system: You are a helpful assistant.
user:
Analyze the provided spectrum to determine if it is a **S-type Star**.

- **Key Indicators for S-type Star:**

    - **(Overall Spectrum Shape):** The first and most obvious characteristic is the overall continuum (the "baseline" shape). It is **extremely "red-sloping,"** meaning the flux (light intensity) is very low on the left side (blue, ~4000-4500 Å) and rises steeply and continuously toward the right side (red, ~7000 Å+).

    - **(Primary):** The spectrum is defined by the presence of strong, broad molecular absorption "valleys" (bands) from **Zirconium Oxide (ZrO)**. The identification of these bands is the **primary requirement** for classifying a star as S-type.
        - **(Key Bandheads):** You must find distinct, deep "dips" where the light has been absorbed. The most critical band systems to locate are:
            - **~6474 Å** ($\gamma$-system): This is often the strongest and clearest ZrO feature, found in the red part of the spectrum.
            - **~5718 Å** & **~5551 Å** ($\beta$-system): A pair of prominent absorption features in the yellow-orange part of the spectrum.
            - **~4640 Å** ($\alpha$-system): A key absorption band system in the blue-green region of the spectrum.

    - **(Secondary Confirmation):** The classification is strengthened by finding additional absorption bands from other related heavy element oxides, which are expected to be present alongside ZrO.
        - **(Key Bandheads):**
            - **Yttrium Oxide (YO):** Look for absorption dips near **~4800 Å** and **~6100 Å**.
            - **Lanthanum Oxide (LaO):** Additional absorption features, particularly in the red-orange part of the spectrum, are also characteristic.

    - **(Line Profile):** The combination of the steep red continuum and these numerous, deep molecular bands (ZrO, YO, etc.) gives the entire spectrum a very **"chopped-up"** or **"bumpy"** appearance. Instead of a smooth curve, the spectrum looks as though large, wide chunks of light have been "carved out" of it at the specific wavelengths listed above.

Think first, call **spectral_visualization_tool** if needed to examine features in detail, then provide your final answer. Your response must adhere to the following strict rules:
1.  **Overall Structure:** Your response must follow the format `<think>...</think> <tool_call>...</tool_call> (if a tool is used) <answer>...</answer>`.
2.  **Tool Usage Constraint:** You may only make **one** tool call per turn.
3.  **Final Answer Format:** In the `<answer>` tag, your conclusion must be inside a `\boxed{}` command (e.g., `\boxed{YES}` or `\boxed{NO}`), followed by your justification.

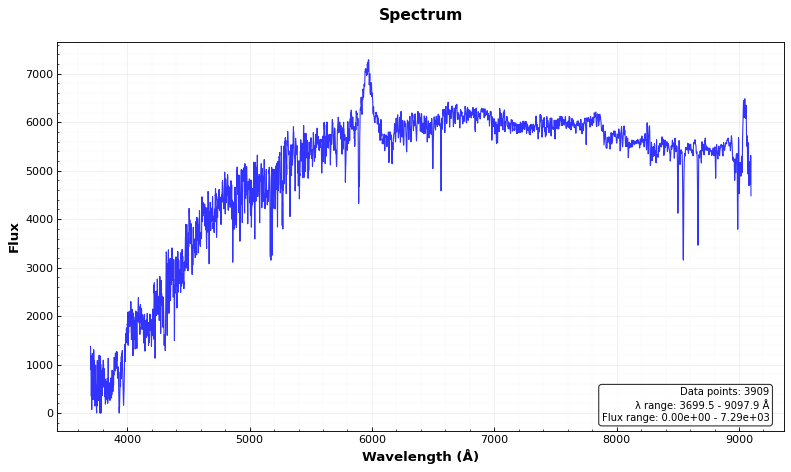
Answer: NO